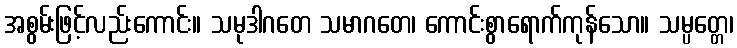
အစွမ်းဖြင့်လည်းကောင်း။ သမုဒါဂတေ သမာဂတေ၊ ကောင်းစွာရောက်ကုန်သော။ သမ္ပတ္တေ၊